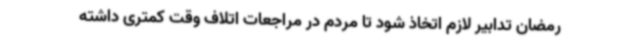
رمضان تدابیر لازم اتخاذ شود تا مردم در مراجعات اتلاف وقت کمتری داشته